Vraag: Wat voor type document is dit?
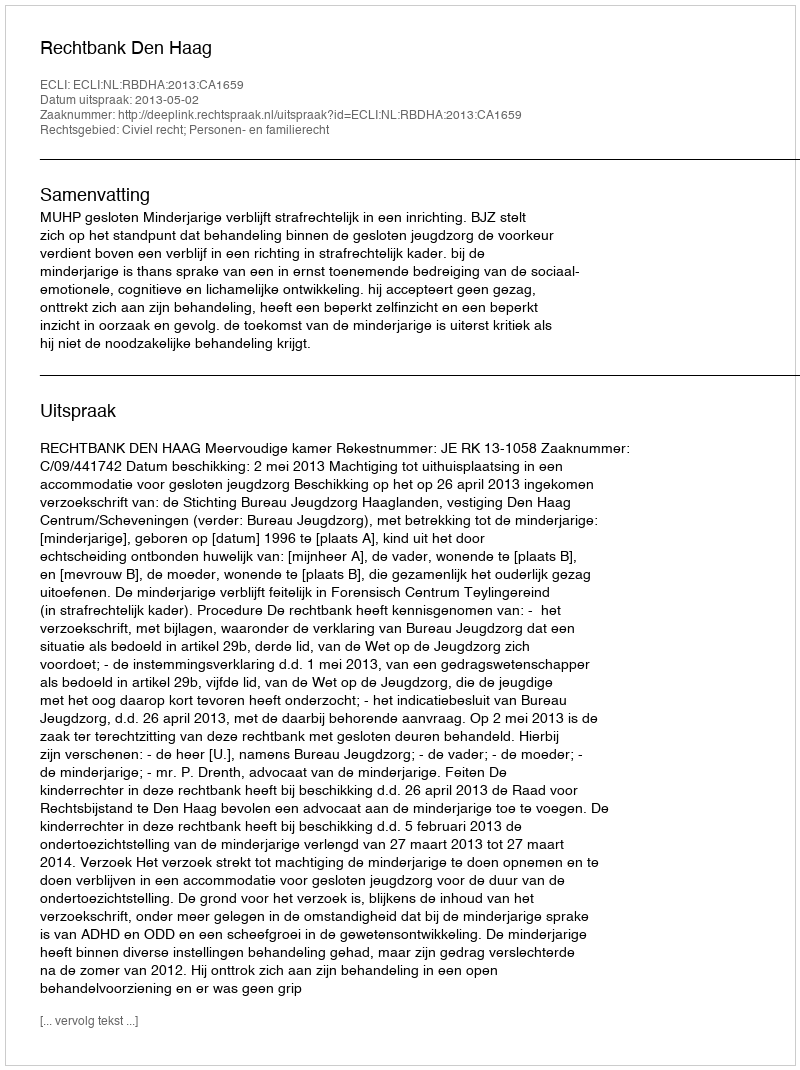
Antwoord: Uitspraak